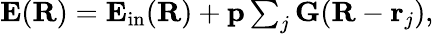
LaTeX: \begin{array}{r}{\mathbf E(\mathbf R)=\mathbf E_{\mathrm{in}}(\mathbf R)+\mathbf p\sum_{j}\mathbf G(\mathbf R-\mathbf r_{j}),}\end{array}